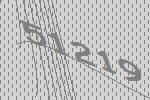
51219